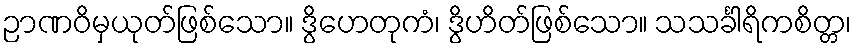
ဉာဏဝိမှယုတ်ဖြစ်သော။ ဒွိဟေတုကံ၊ ဒွိဟိတ်ဖြစ်သော။ သသင်္ခါရိကစိတ္တ၊